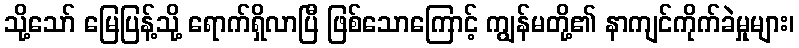
သို့သော် မြေပြန့်သို့ ရောက်ရှိလာပြီ ဖြစ်သောကြောင့် ကျွန်မတို့၏ နာကျင်ကိုက်ခဲမှုများ၊